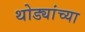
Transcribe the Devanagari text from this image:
थोड्यांच्या